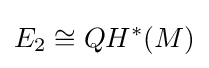
E_{2}\cong QH^{*}(M)